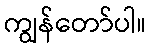
ကျွန်တော်ပါ။